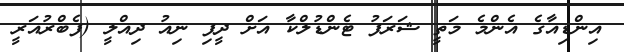
އިންޑިއާގެ އެންމެ މަތީ ޝަރަފު ޓެންޑުލްކާ އަށް ދީފި ނިއު ދިއްލީ (ފެބްރުއަރީ